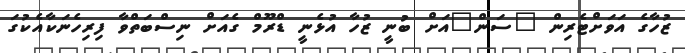
ޒުހާގެ އަވަށްޓެރިން "ސަން"އަށް ބުނީ ޒުހާ އުޅެނީ ޑްރޫމް ގެއަށް ނިސްބަތްވާ ފިރިހެނަކާއެކުގަ